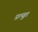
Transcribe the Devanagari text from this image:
प्रत्यूत